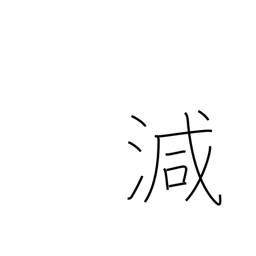
Meaning: decrease